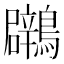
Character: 鸊